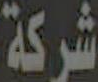
شركة